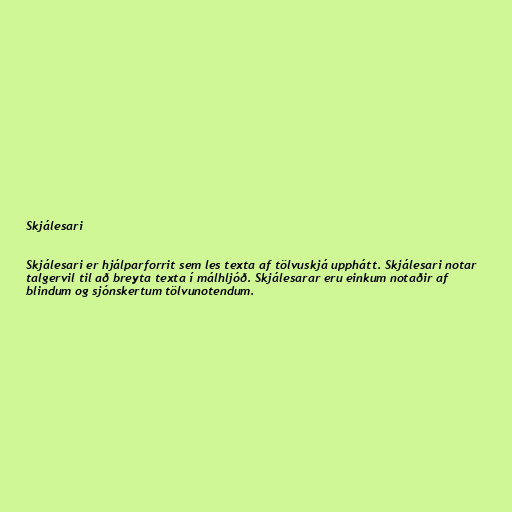
Skjálesari

Skjálesari er hjálparforrit sem les texta af tölvuskjá upphátt. Skjálesari notar
talgervil til að breyta texta í málhljóð. Skjálesarar eru einkum notaðir af
blindum og sjónskertum tölvunotendum.